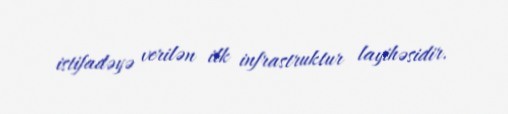
istifadəyə verilən ilk infrastruktur layihəsidir.